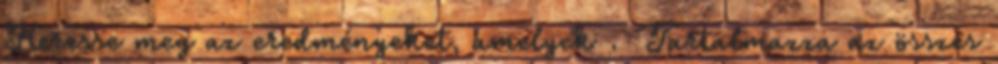
Keresse meg az eredményeket, amelyek . Tartalmazza az összes